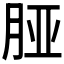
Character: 𬁺